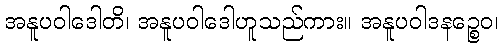
အနူပဝါဒေါတိ၊ အနူပဝါဒေါဟူသည်ကား။ အနူပဝါဒနဉ္စေဝ၊